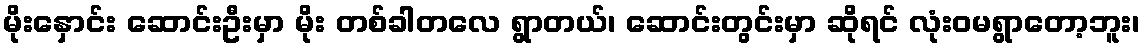
မိုးနှောင်း ဆောင်းဦးမှာ မိုး တစ်ခါတလေ ရွာတယ်၊ ဆောင်းတွင်းမှာ ဆိုရင် လုံးဝမရွာတော့ဘူး၊